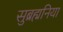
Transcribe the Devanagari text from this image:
सुब्रह्मनिया